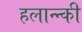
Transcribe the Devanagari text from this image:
हलान्न्की